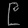
Digit: ၉